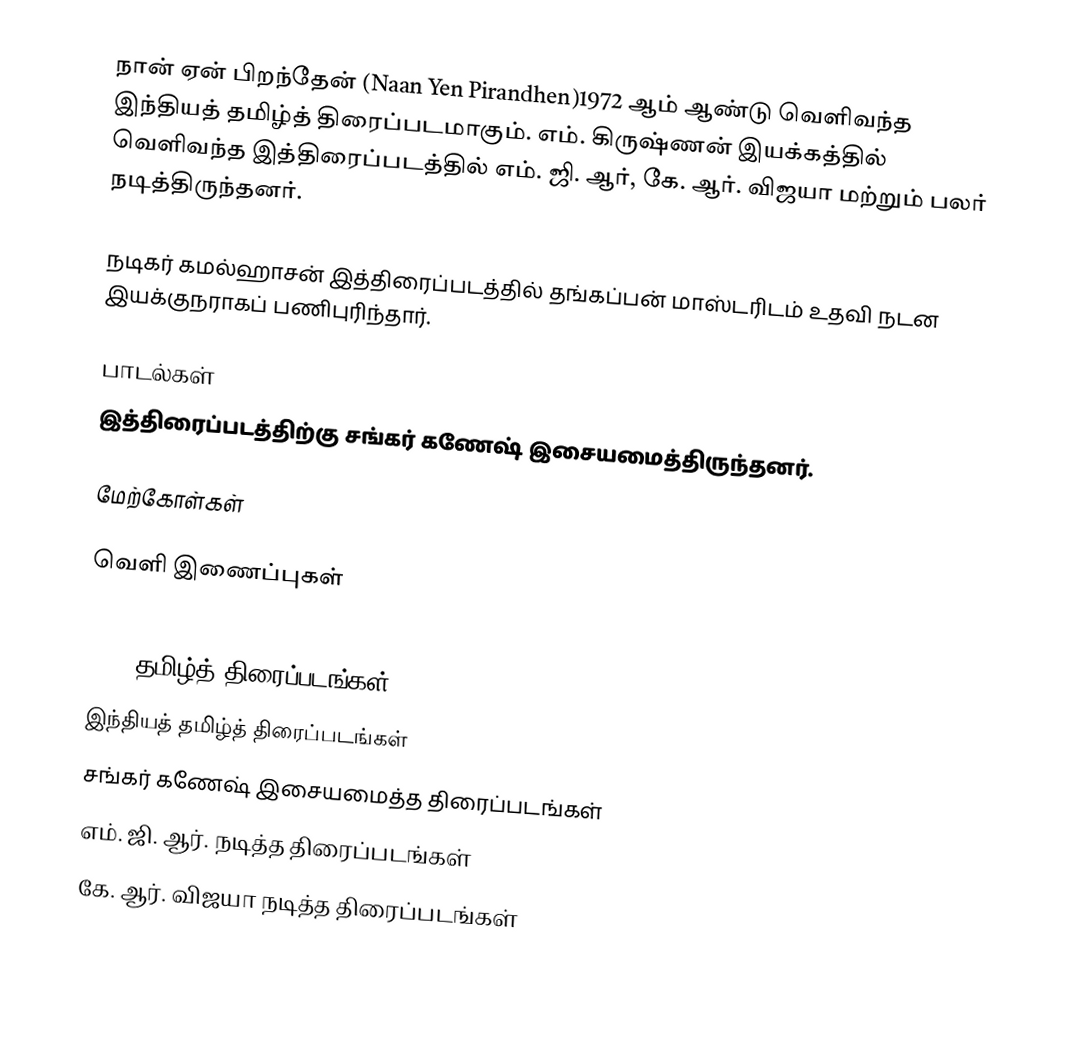
நான் ஏன் பிறந்தேன் (Naan Yen Pirandhen)1972 ஆம் ஆண்டு வெளிவந்த இந்தியத் தமிழ்த் திரைப்படமாகும். எம். கிருஷ்ணன் இயக்கத்தில் வெளிவந்த இத்திரைப்படத்தில் எம். ஜி. ஆர், கே. ஆர். விஜயா மற்றும் பலர் நடித்திருந்தனர்.

நடிகர் கமல்ஹாசன் இத்திரைப்படத்தில் தங்கப்பன் மாஸ்டரிடம் உதவி நடன இயக்குநராகப் பணிபுரிந்தார்.

பாடல்கள்
இத்திரைப்படத்திற்கு சங்கர் கணேஷ் இசையமைத்திருந்தனர்.

மேற்கோள்கள்

வெளி இணைப்புகள்

1972 தமிழ்த் திரைப்படங்கள்
இந்தியத் தமிழ்த் திரைப்படங்கள்
சங்கர் கணேஷ் இசையமைத்த திரைப்படங்கள்
எம். ஜி. ஆர். நடித்த திரைப்படங்கள்
கே. ஆர். விஜயா நடித்த திரைப்படங்கள்